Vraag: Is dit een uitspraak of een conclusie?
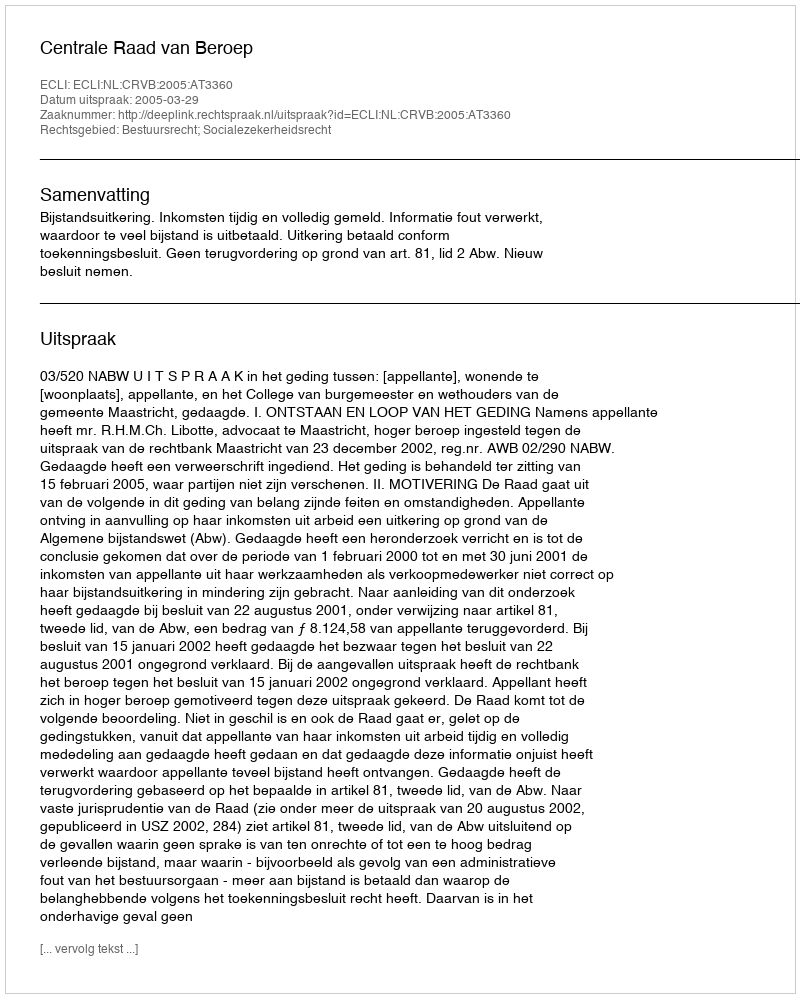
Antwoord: Uitspraak